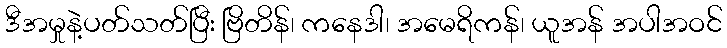
ဒီအမှုနဲ့ပတ်သတ်ပြီး ဗြိတိန်၊ ကနေဒါ၊ အမေရိကန်၊ ယူအန် အပါအဝင်